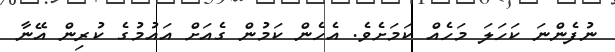
ނުފެންނަ ކަހަލަ މަހެއް ކަމަށެވެ. އެހެން ކަމުން ގެއަށް އައުމުގެ ކުރިން އޭނާ